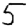
Digit: 5